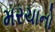
મરચાનો